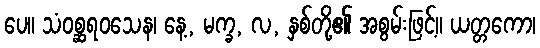
ပေ။ သံဝစ္ဆရဝသေန၊ နေ့, မက္ခ, လ, နှစ်တို့၏ အစွမ်းဖြင့်။ ယတ္တကော၊